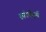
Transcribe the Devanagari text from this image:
स्कोर्बोर्ड्स